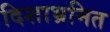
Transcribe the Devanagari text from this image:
दिशाभ्रमित